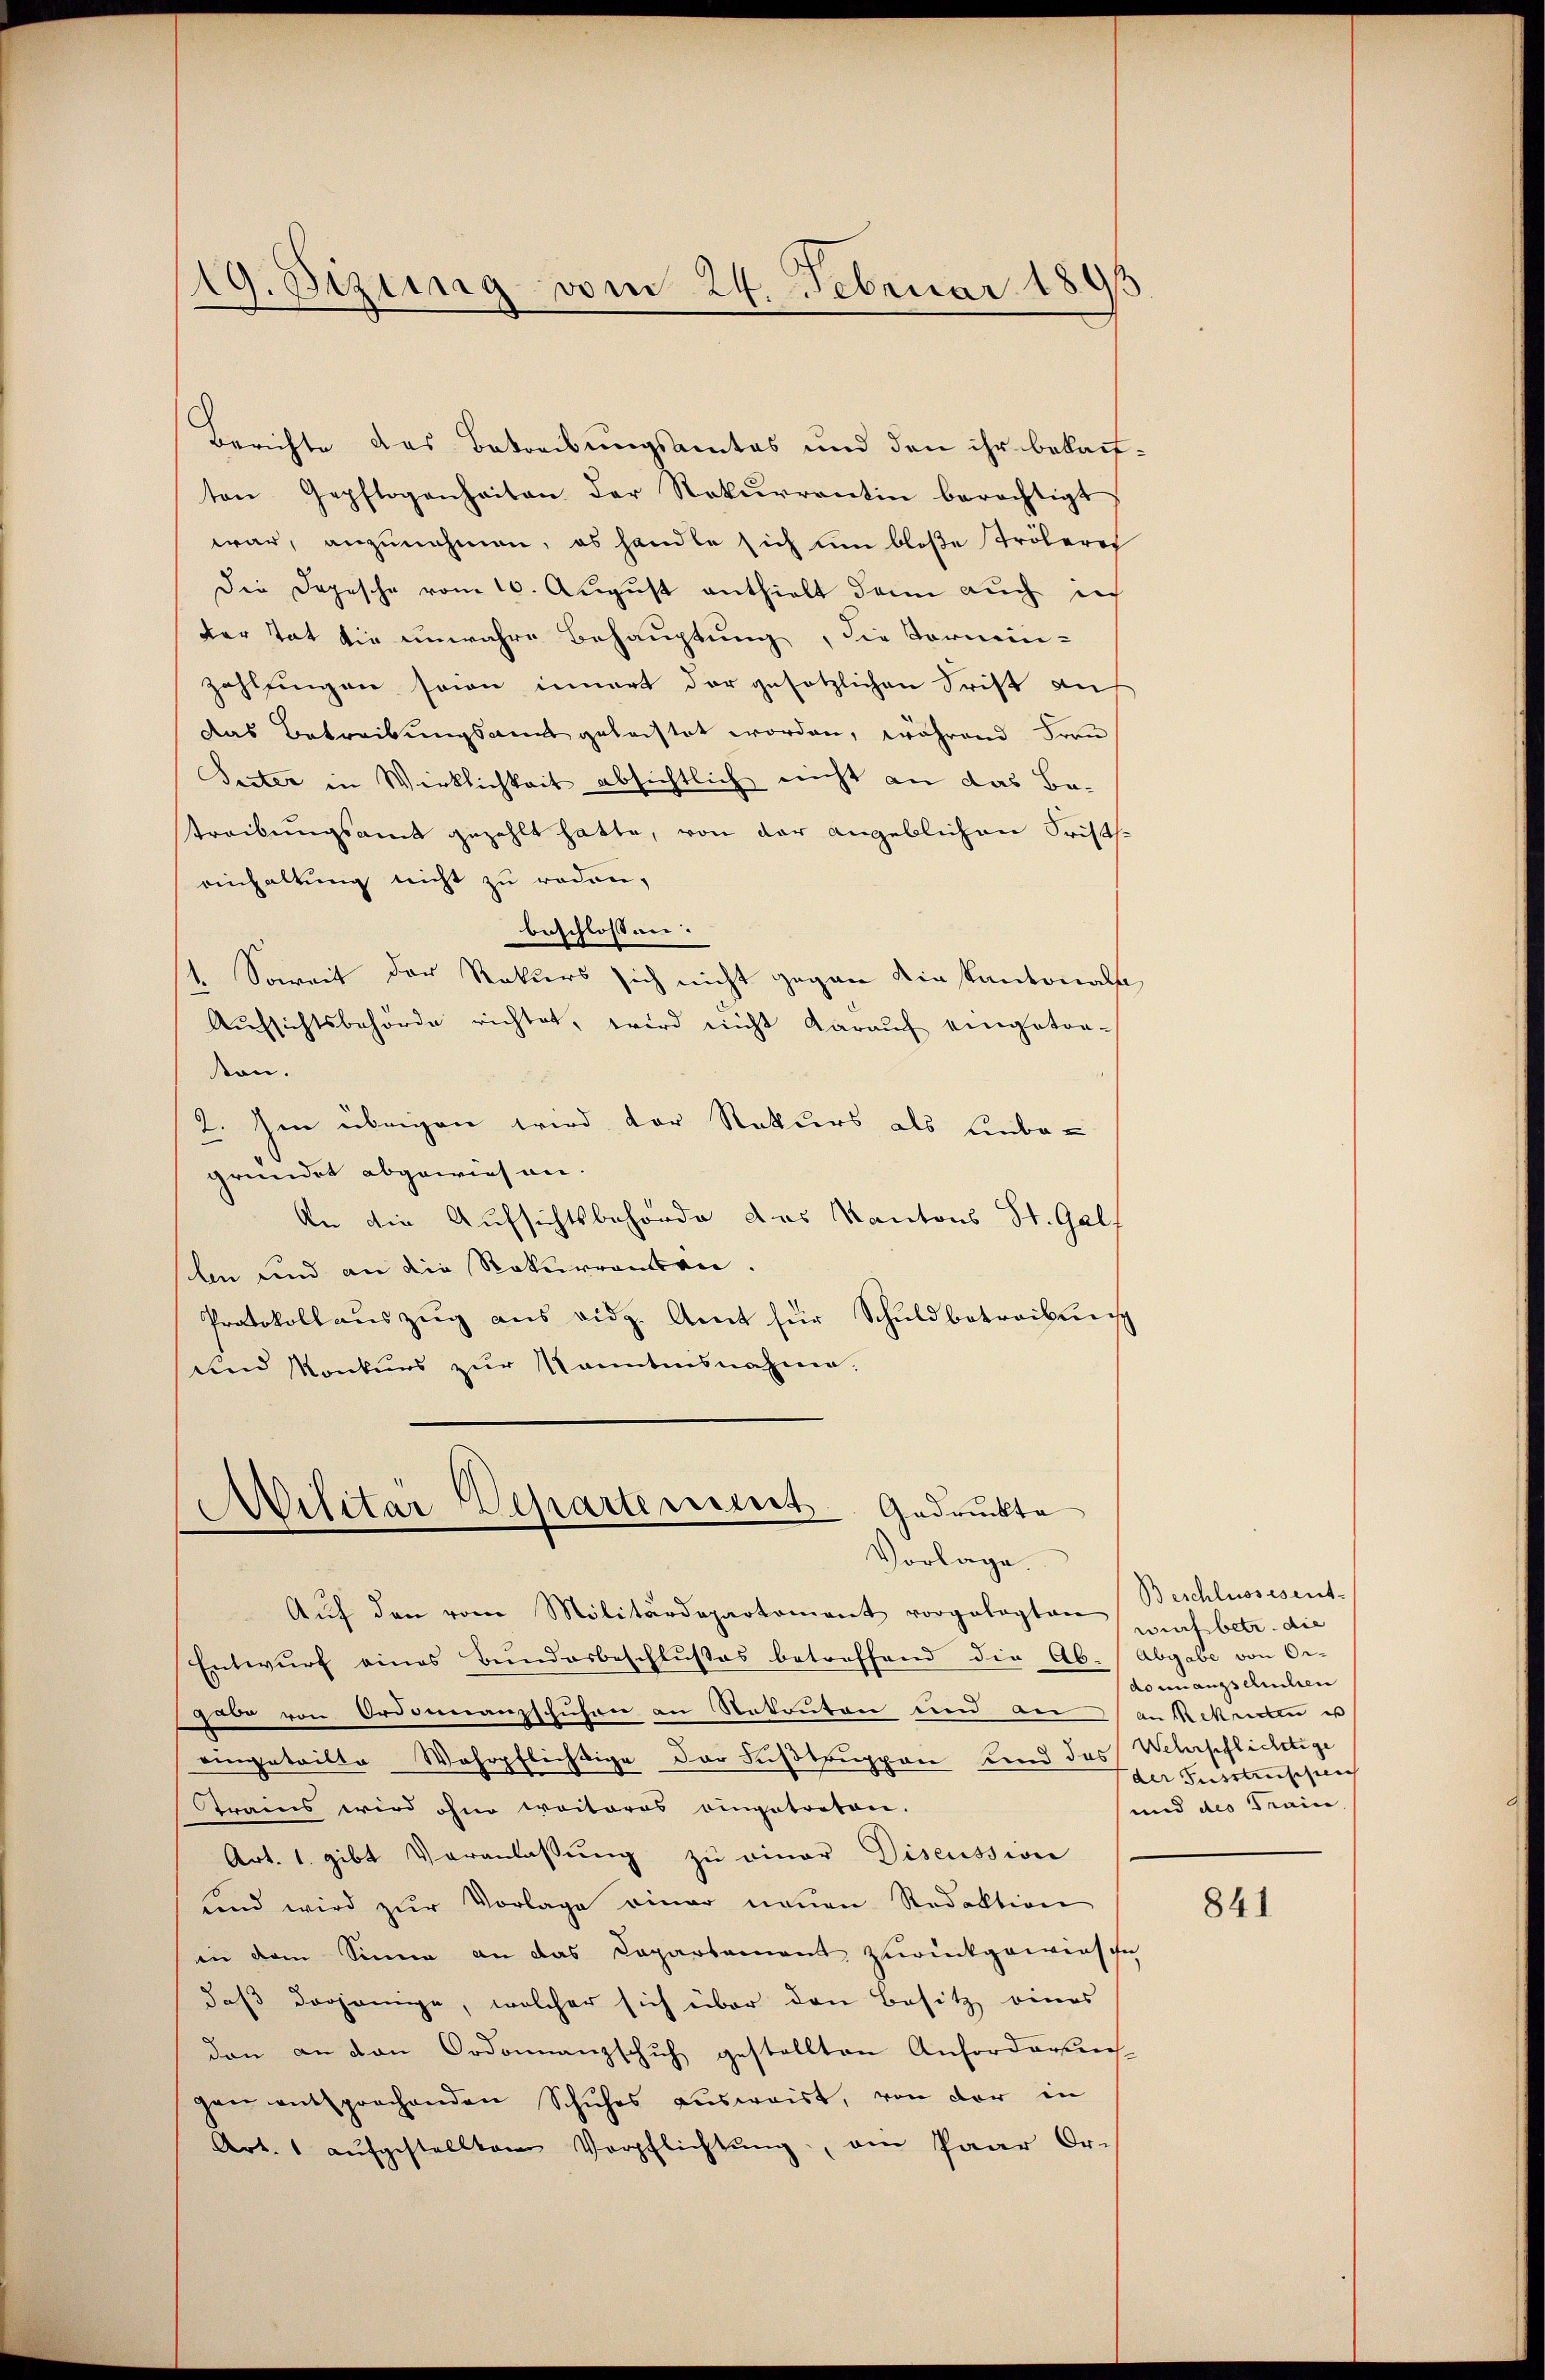
19. Sizung vom 24. Februar 1893

Berichte das Betreibungsamtes und den ihr bekaufton Gepflogenheiten der Rekurrentin berechtigt,
war, anzunehmen, es handle sich um bloße Tröleres
Die Depesche vom 10. August enthielt dann auch inh
der Tat die unwahre Behauptung, die Tornin-
zahlfingen sein innert der gesetzlichen Frist an
das Betreibungsant geleistet worden, während Fran
Seiter in Wirklichkeit absichtlich nicht an das Be-
treibungsamt gezahlt hatte, von der angeblichen Fristeinhaltung nicht zu reden,
beschlossen.
1. Soweit der Rekurs sich nicht gegen die Kantonalse,
Aufsichtsbehörde richtet, wird nicht darauf eingetredern.
2. Im übrigen wird der Rekurs als Einbegründet abgewiesen.
An die Aufsichtsbehörde das Kantons St. Galf
ln und an die Rekurrenten.
Protokollauszug aus eidg. Amt für Schuldbetreibung
und Konkurs zur kanntnisnahme.

Militär Departement. Gedruckte
Vorlage.

Aŭf den vom Militärdepartament vorgelegten auch betr. die
Entwurf eines Bundesbeschlußes betreffend die Ab-Abgabe von Or-
gare von Ordonnanzschuhen an Rekruten und an an Sekreten u
eingeteilte Wahrpflichtige der Fußtruppen und das Wehrpflichtige
Trains wird ohne weiteres eingetreten.
Art. 1. gibt Veranlassung zu einer Discussion
find wird zŭr Vorlage einer neuen Redaktion
in dem Sinne an das Capartament zurückgewiesche
daß derjenige, welcher sich über den Besitz eines
den an den Ordonnanzschuh gestellten Anforderungs-
gen entsprochenden Schuhes ausweist, von der in
Art. 1 aŭfgestellten Verpflichtŭng, am Paar Or-

Beschlussesent-
do unangschichten
der Fusstrischen |
und des Train.

841